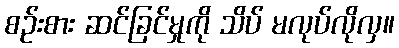
စဉ်းစား ဆင်ခြင်မှုကို သိပ် မလုပ်လိုလှ။